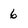
Character: 6